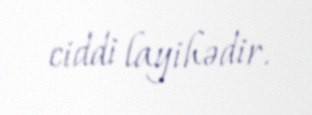
ciddi layihədir.